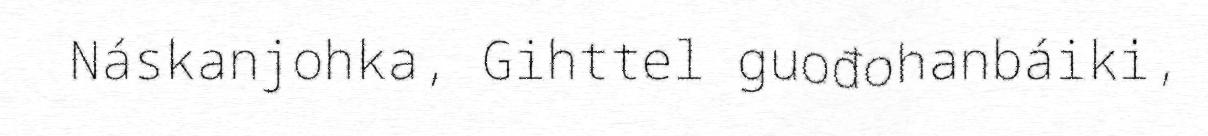
Náskanjohka, Gihttel guođohanbáiki,